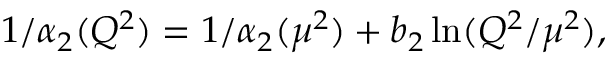
1 / \alpha _ { 2 } ( Q ^ { 2 } ) = 1 / \alpha _ { 2 } ( \mu ^ { 2 } ) + b _ { 2 } \ln ( Q ^ { 2 } / \mu ^ { 2 } ) ,